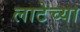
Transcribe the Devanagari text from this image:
लाटेच्या